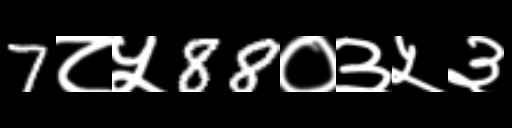
Text: 7८५88०३५३